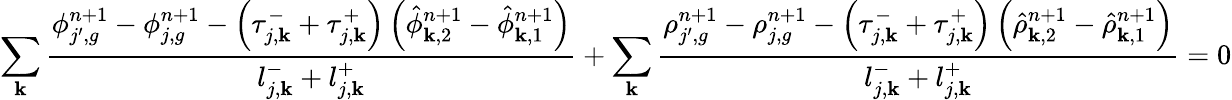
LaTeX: \sum_{\mathbf{k}}\frac{{\phi_{j^{\prime},g}^{n+1}-\phi_{j,g}^{n+1}-\left(\tau_{j,\mathbf{k}}^{-}+\tau_{j,\mathbf{k}}^{+}\right)\left(\hat{{\phi}}_{\mathbf{k},2}^{n+1}-\hat{{\phi}}_{\mathbf{k},1}^{n+1}\right)}}{{l_{j,\mathbf{k}}^{-}+l_{j,\mathbf{k}}^{+}}}+\sum_{\mathbf{k}}\frac{{\rho_{j^{\prime},g}^{n+1}-\rho_{j,g}^{n+1}-\left(\tau_{j,\mathbf{k}}^{-}+\tau_{j,\mathbf{k}}^{+}\right)\left(\hat{{\rho}}_{\mathbf{k},2}^{n+1}-\hat{{\rho}}_{\mathbf{k},1}^{n+1}\right)}}{{l_{j,\mathbf{k}}^{-}+l_{j,\mathbf{k}}^{+}}}=0